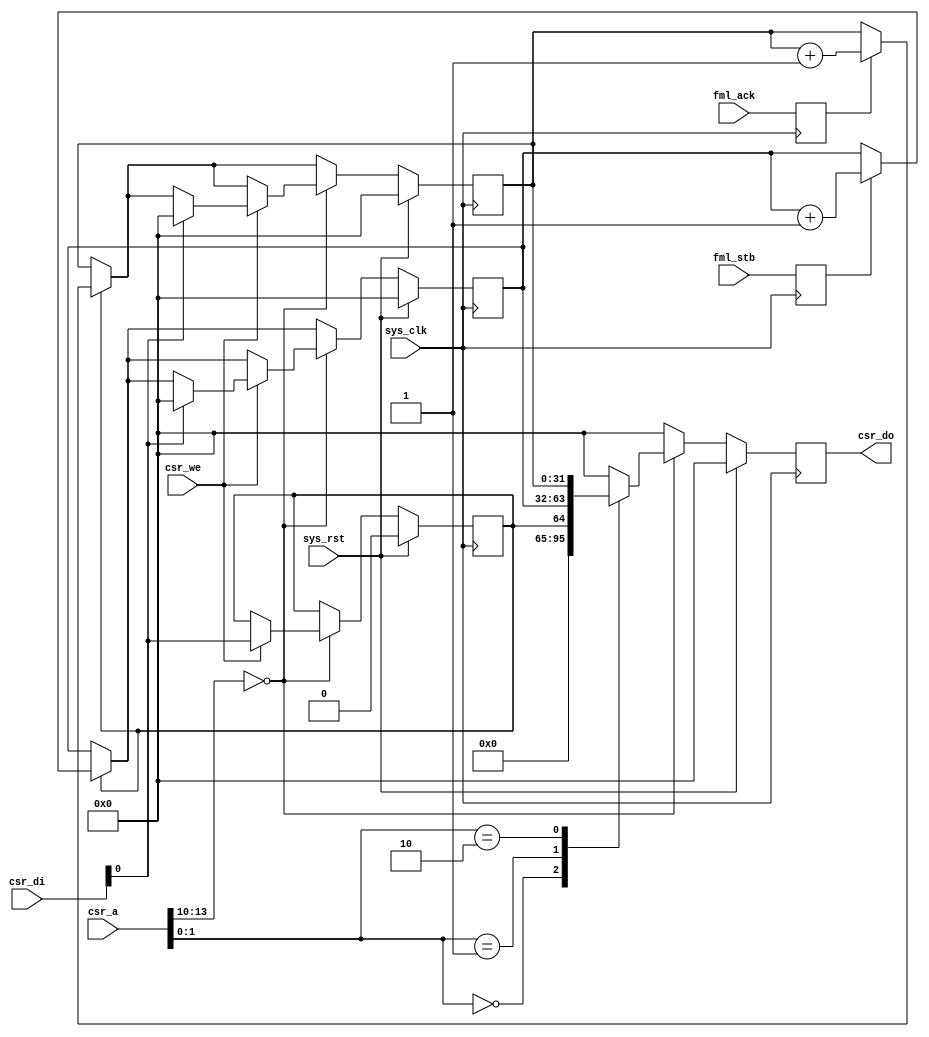
module fmlmeter #(
	parameter csr_addr = 4'h0
) (
	input sys_clk,
	input sys_rst,

	input [13:0] csr_a,
	input csr_we,
	input [31:0] csr_di,
	output reg [31:0] csr_do,

	input fml_stb,
	input fml_ack
);

/* Register the signals we probe to have a minimal impact on timing */
reg fml_stb_r;
reg fml_ack_r;
always @(posedge sys_clk) begin
	fml_stb_r <= fml_stb;
	fml_ack_r <= fml_ack;
end

reg en;			// @ 00
reg [31:0] stb_count;	// @ 04
reg [31:0] ack_count;	// @ 08

wire csr_selected = csr_a[13:10] == csr_addr;

always @(posedge sys_clk) begin
	if(sys_rst) begin
		en <= 1'b0;
		stb_count <= 32'd0;
		ack_count <= 32'd0;

		csr_do <= 32'd0;
	end else begin
		if(en) begin
			if(fml_stb_r)
				stb_count <= stb_count + 32'd1;
			if(fml_ack_r)
				ack_count <= ack_count + 32'd1;
		end

		csr_do <= 32'd0;
		if(csr_selected) begin
			if(csr_we) begin
				/* Assume all writes are for the ENABLE register
				 * (others are read-only)
				 */
				en <= csr_di[0];
				if(csr_di[0]) begin
					stb_count <= 32'd0;
					ack_count <= 32'd0;
				end
			end

			case(csr_a[1:0])
				2'b00: csr_do <= en;
				2'b01: csr_do <= stb_count;
				2'b10: csr_do <= ack_count;
			endcase
		end
	end
end

endmodule